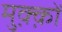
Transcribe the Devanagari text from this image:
मुक़्क़ों